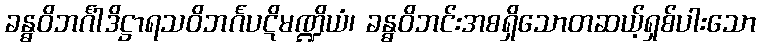
ခန္ဓဝိဘင်္ဂါဒိဋ္ဌာရသဝိဘင်္ဂပဋိမဏ္ဍိယံ၊ ခန္ဓဝိဘင်းအစရှိသောတဆယ့်ရှစ်ပါးသော